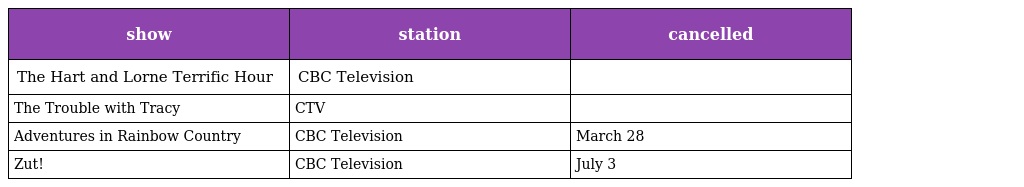
| show | station | cancelled |
 | --- | --- | --- |
 | The Hart and Lorne Terrific Hour | CBC Television |  |
 | The Trouble with Tracy | CTV |  |
 | Adventures in Rainbow Country | CBC Television | March 28 |
 | Zut! | CBC Television | July 3 |